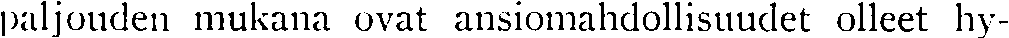
paljouden mukana ovat ansiomahdollisuudet olleet hy-